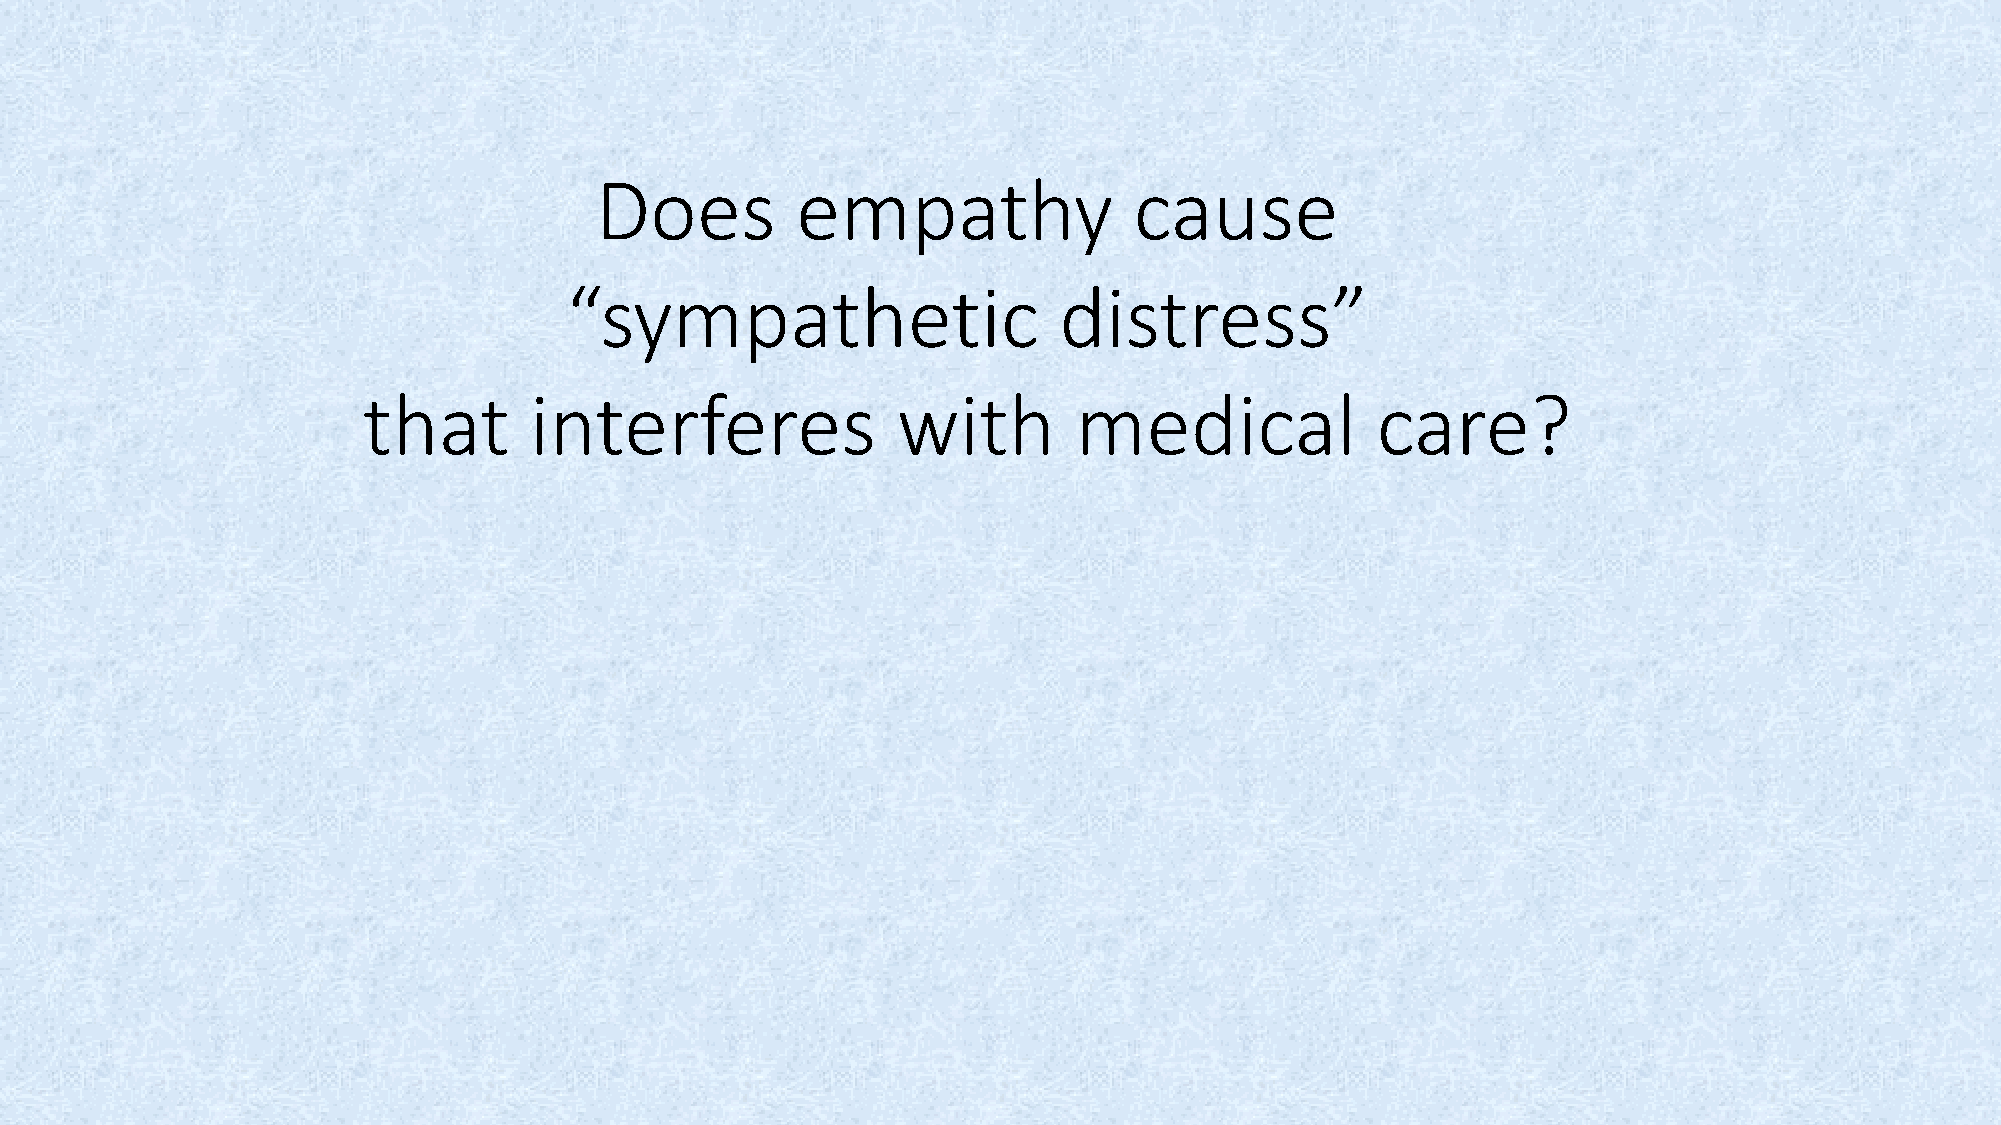
Does          empathy               cause
 “sympathetic                     distress”
 that       interferes              with        medical             care?